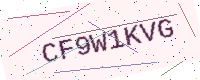
Text: CF9W1KVG